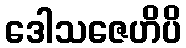
ဒေါသဇေဟိပိ